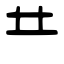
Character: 龷